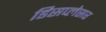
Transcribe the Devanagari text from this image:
डिसप्लेसर